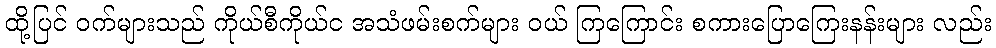
ထို့ပြင် ဝက်များသည် ကိုယ်စီကိုယ်င အသံဖမ်းစက်များ ဝယ် ကြကြောင်း စကားပြောကြေးနန်းများ လည်း